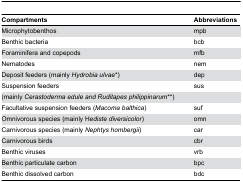
<table><thead><tr><td><b>Compartments</b></td><td><b>Abbreviations</b></td></tr></thead><tbody><tr><td>Microphytobenthos</td><td>mpb</td></tr><tr><td>Benthic bacteria</td><td>bcb</td></tr><tr><td>Foraminifera and copepods</td><td>mfb</td></tr><tr><td>Nematodes</td><td>nem</td></tr><tr><td>Deposit feeders (mainly <i>Hydrobia ulvae</i>*)</td><td>dep</td></tr><tr><td>Suspension feeders</td><td>sus</td></tr><tr><td>(mainly <i>Cerastoderma edule and Ruditapes philippinarum</i>**)</td><td></td></tr><tr><td>Facultative suspension feeders (<i>Macoma balthica</i>)</td><td>suf</td></tr><tr><td>Omnivorous species (mainly H<i>ediste diversicolor</i>)</td><td>omn</td></tr><tr><td>Carnivorous species (mainly <i>Nephtys hombergii</i>)</td><td>car</td></tr><tr><td>Carnivorous birds</td><td>cbr</td></tr><tr><td>Benthic viruses</td><td>vrb</td></tr><tr><td>Benthic particulate carbon</td><td>bpc</td></tr><tr><td>Benthic dissolved carbon</td><td>bdc</td></tr></tbody></table>